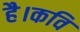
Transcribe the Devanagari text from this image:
है।कवि